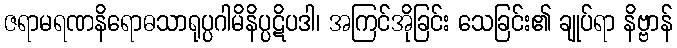
ဇရာမရဏနိရောဓသာရုပ္ပဂါမိနိပ္ပဋိပဒါ၊ အကြင်အိုခြင်း သေခြင်း၏ ချုပ်ရာ နိဗ္ဗာန်